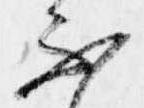
不